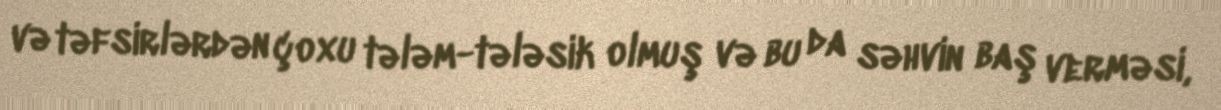
və təfsirlərdən çoxu tələm-tələsik olmuş və bu da səhvin baş verməsi,